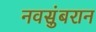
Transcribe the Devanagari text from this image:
नवसुंबरान